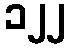
၁၂၂